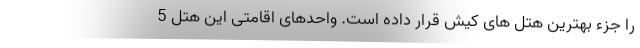
را جزء بهترین هتل های کیش قرار داده است. واحدهای اقامتی این هتل 5